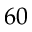
6 0